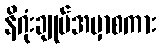
နိဂုံးချုပ်အမှာစကား